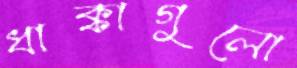
ধাক্কাগুলো